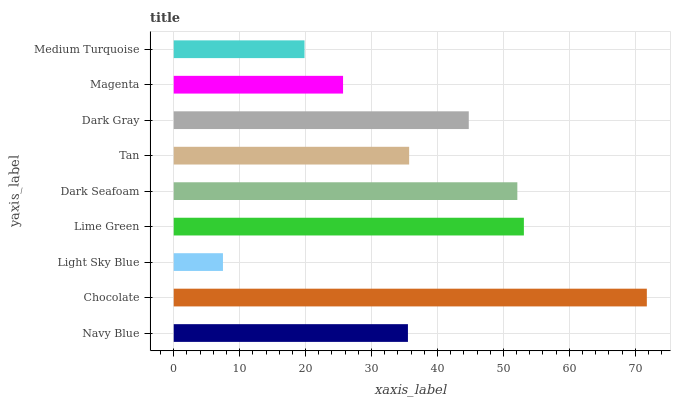
| yaxis_label | bars |
 | --- | --- |
 | Navy Blue | 35.5 |
 | Chocolate | 71.8 |
 | Light Sky Blue | 7.47 |
 | Lime Green | 53.1 |
 | Dark Seafoam | 52.1 |
 | Tan | 35.7 |
 | Dark Gray | 44.7 |
 | Magenta | 25.7 |
 | Medium Turquoise | 19.8 |